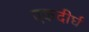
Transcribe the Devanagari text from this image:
एकदीर्घ